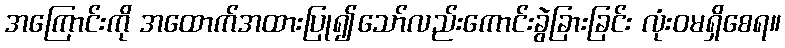
အကြောင်းကို အထောက်အထားပြု၍သော်လည်းကောင်းခွဲခြားခြင်း လုံးဝမရှိစေရ။